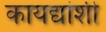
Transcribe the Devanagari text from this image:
कायद्यांशी